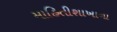
માહિતીશાખાના